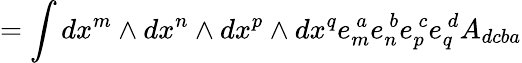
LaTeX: =\int dx^{m}\wedge dx^{n}\wedge dx^{p}\wedge dx^{q}e_{m}^{\ a}e_{n}^{\ b}e_{p}^{\ c}e_{q}^{\ d}A_{dcba}